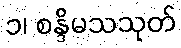
၁၊ စန္ဒိမသသုတ်